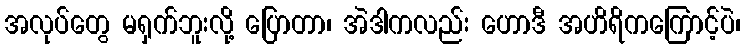
အလုပ်တွေ မရှက်ဘူးလို့ ပြောတာ၊ အဲဒါကလည်း ဟောဒီ အဟိရိကကြောင့်ပဲ၊